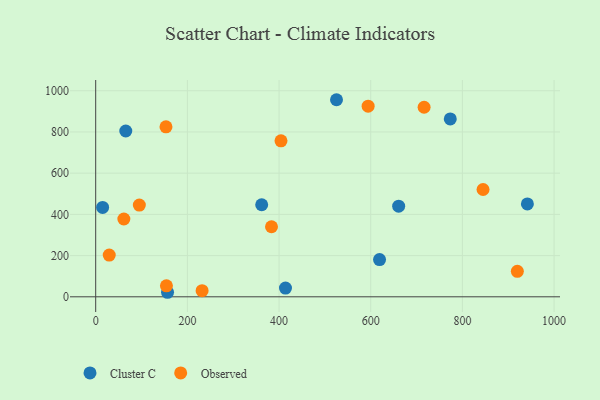
{"axis": {"x": "Engine Size", "y": "Profit"}, "legend": ["Cluster C", "Observed"], "data": [{"x": "619.2", "y": 180.6, "type": "Cluster C"}, {"x": "65.6", "y": 804.8, "type": "Cluster C"}, {"x": "362.1", "y": 446.7, "type": "Cluster C"}, {"x": "15.1", "y": 433.8, "type": "Cluster C"}, {"x": "414.0", "y": 42.4, "type": "Cluster C"}, {"x": "773.5", "y": 863.1, "type": "Cluster C"}, {"x": "660.9", "y": 440.1, "type": "Cluster C"}, {"x": "156.7", "y": 22.0, "type": "Cluster C"}, {"x": "941.7", "y": 450.9, "type": "Cluster C"}, {"x": "525.3", "y": 956.5, "type": "Cluster C"}, {"x": "232.1", "y": 29.7, "type": "Observed"}, {"x": "845.0", "y": 520.8, "type": "Observed"}, {"x": "154.3", "y": 53.5, "type": "Observed"}, {"x": "716.4", "y": 919.9, "type": "Observed"}, {"x": "153.3", "y": 825.1, "type": "Observed"}, {"x": "919.8", "y": 123.9, "type": "Observed"}, {"x": "29.5", "y": 202.5, "type": "Observed"}, {"x": "95.2", "y": 445.3, "type": "Observed"}, {"x": "594.3", "y": 925.3, "type": "Observed"}, {"x": "61.4", "y": 377.6, "type": "Observed"}, {"x": "404.2", "y": 756.8, "type": "Observed"}, {"x": "383.5", "y": 339.9, "type": "Observed"}]}